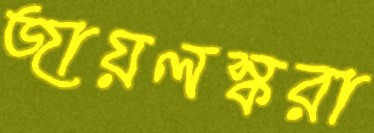
জায়লস্করা